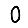
Digit: 0